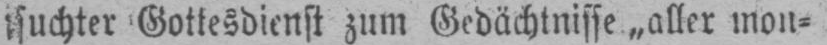
Gottesdienst zum Gedächtnisse „aller mon⸗